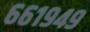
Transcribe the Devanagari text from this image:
६६१९४९